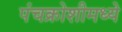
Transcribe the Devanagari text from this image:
पंचक्रोशीमध्ये